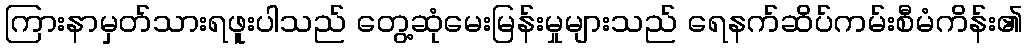
ကြားနာမှတ်သားရဖူးပါသည် တွေ့ဆုံမေးမြန်းမှုများသည် ရေနက်ဆိပ်ကမ်းစီမံကိန်း၏